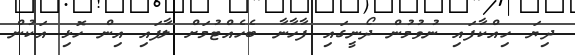
ދިޔަ ހިއްކާފައި ނުވުމުން ދޯނީގައި ފާހާނާ ބެހެއްޓުމަށް ލާފައި އިން ހޮޅި އަކުން